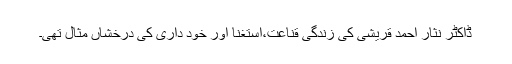
ڈاکٹر نثار احمد قریشی کی زندگی قناعت،استغنا اور خود داری کی درخشاں مثال تھی۔